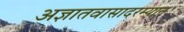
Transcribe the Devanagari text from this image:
अज्ञातवासादरम्यान